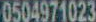
0504971023